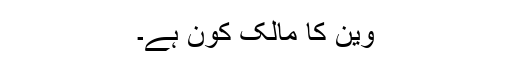
وین کا مالک کون ہے۔